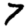
Digit: 7